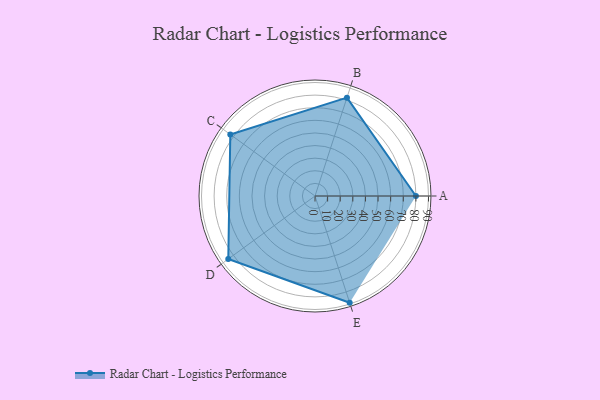
{"axis": {"x": "Skill", "y": "Score"}, "legend": ["Profile"], "data": [{"x": "A", "y": 80.0, "type": "Profile"}, {"x": "B", "y": 82.0, "type": "Profile"}, {"x": "C", "y": 83.0, "type": "Profile"}, {"x": "D", "y": 85.0, "type": "Profile"}, {"x": "E", "y": 89.0, "type": "Profile"}]}